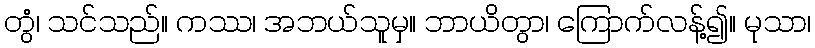
တွံ၊ သင်သည်။ ကဿ၊ အဘယ်သူမှ။ ဘာယိတွာ၊ ကြောက်လန့်၍။ မုသာ၊